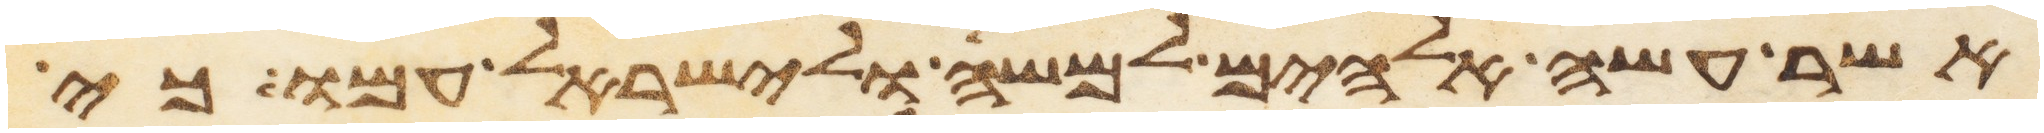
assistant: אשר עשה אלהים למשה ולישראל עמו כי